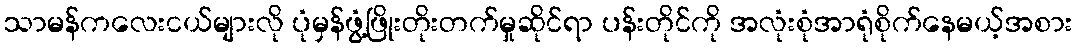
သာမန်ကလေးငယ်များလို ပုံမှန်ဖွံ့ဖြိုးတိုးတက်မှုဆိုင်ရာ ပန်းတိုင်ကို အလုံးစုံအာရုံစိုက်နေမယ့်အစား